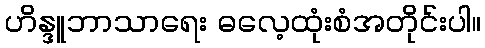
ဟိန္ဒူဘာသာရေး ဓလေ့ထုံးစံအတိုင်းပါ။